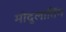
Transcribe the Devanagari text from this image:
मोदुलातिंग